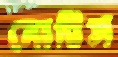
নোটিস